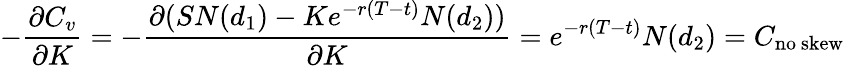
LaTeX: -{\frac{\partial C_{v}}{\partial K}}=-{\frac{\partial(SN(d_{1})-Ke^{-r(T-t)}N(d_{2}))}{\partial K}}=e^{-r(T-t)}N(d_{2})=C_{\mathrm{no~skew}}